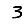
Digit: 3